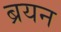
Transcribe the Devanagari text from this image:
ब्रयन